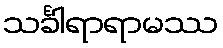
သင်္ခါရာရာမဿ